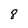
Character: 8